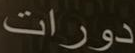
دورات